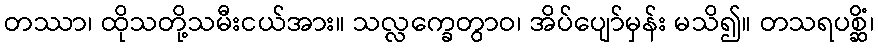
တဿာ၊ ထိုသတို့သမီးငယ်အား။ သလ္လက္ခေတွာဝ၊ အိပ်ပျော်မှန်း မသိ၍။ တသရပစ္ဆိံ၊